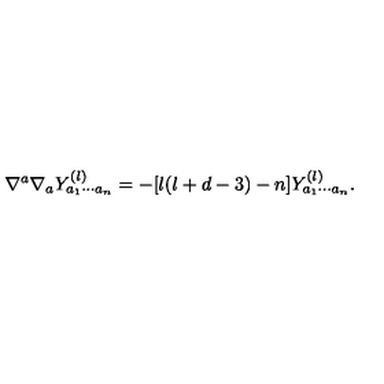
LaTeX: \nabla ^ { a } \nabla _ { a } Y _ { a _ { 1 } \cdots a _ { n } } ^ { ( l ) } = - [ l ( l + d - 3 ) - n ] Y _ { a _ { 1 } \cdots a _ { n } } ^ { ( l ) } .